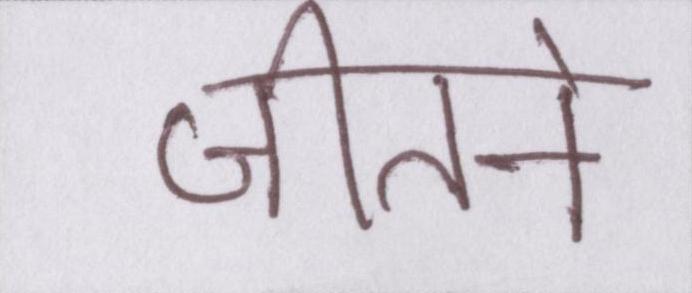
जीतने